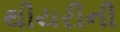
થીયરીની